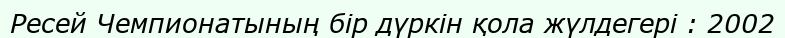
Ресей Чемпионатының бір дүркін қола жүлдегері : 2002